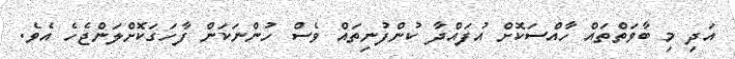
އަދި މި ބާވަތްތައް ހާއްސަކޮށް އުފައްދާ ކުންފުނިތައް ވެސް ހުންނަކަން ފާހަގަކޮށްލަންޖެހެ އެވެ.